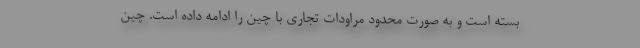
بسته است و به صورت محدود مراودات تجاری با چین را ادامه داده است. چین